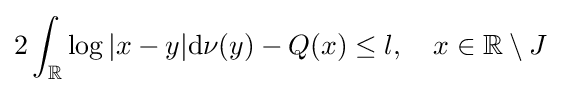
2\int _{\mathbb {R} }\log |x-y|\mathrm {d} \nu (y)-Q(x)\leq l,\quad x\in \mathbb {R} \setminus J